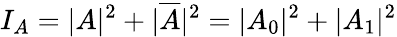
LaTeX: I_{A}=|A|^{2}+|\overline{{A}}|^{2}=|A_{0}|^{2}+|A_{1}|^{2}